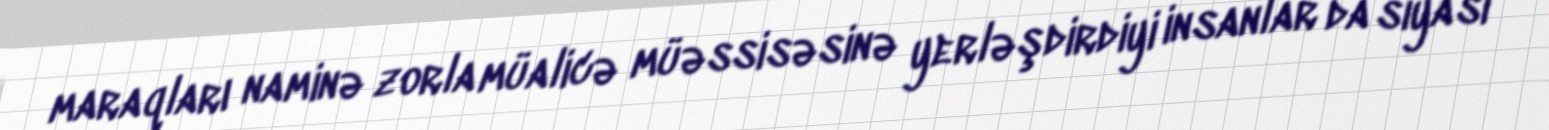
maraqları naminə zorla müalicə müəssisəsinə yerləşdirdiyi insanlar da siyasi